Mental hospitals Bombay report 1929-33 - 1929-1933
Year: 1929
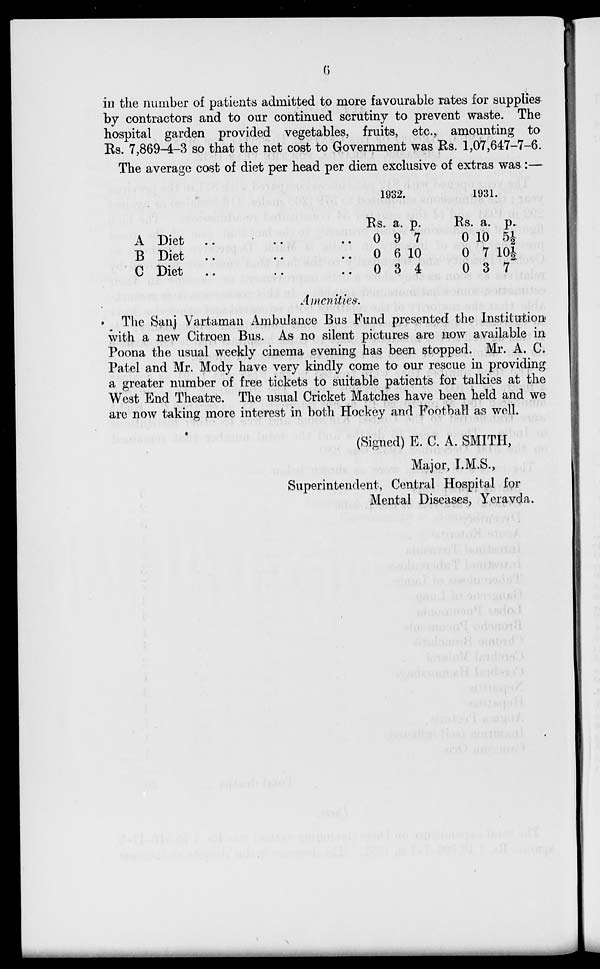
6
in the number of patients admitted to more favourable rates for supplies
by contractors and to our continued scrutiny to prevent waste. The
hospital garden provided vegetables, fruits, etc., amounting to
Rs. 7,869-4-3 so that the net cost to Government was Rs. 1,07,647-7-6.
The average cost of diet per head per diem exclusive of extras was :—
A Diet .. .. ..
B Diet .. .. ..
C Diet .. .. ..
1932.
Rs.
0
0
0
a.
9
6
3
p.
7
10
4
1931.
Rs.
0
0
0
a.
10
7
3
p.
5½
10½
7
Amcnities.
The Sanj Vartaman Ambulance Bus Fund presented the Institution
with a new Citroen Bus. As no silent pictures are now available in
Poona the usual weekly cinema evening has been stopped. Mr. A. C.
Patel and Mr. Mody have very kindly come to our rescue in providing
a greater number of free tickets to suitable patients for talkies at the
West End Theatre. The usual Cricket Matches have been held and we
are now taking more interest in both Hockey and Football as well.
(Signed) E. C. A. SMITH,
Major, I.M.S.,
Superintendent, Central Hospital for
Mental Diseases, Yeravda.